system: You are a helpful assistant.
user:
Analyze the provided spectrum to determine if it is a **S-type Star**.

- **Key Indicators for S-type Star:**

    - **(Overall Spectrum Shape):** The first and most obvious characteristic is the overall continuum (the "baseline" shape). It is **extremely "red-sloping,"** meaning the flux (light intensity) is very low on the left side (blue, ~4000-4500 Å) and rises steeply and continuously toward the right side (red, ~7000 Å+).

    - **(Primary):** The spectrum is defined by the presence of strong, broad molecular absorption "valleys" (bands) from **Zirconium Oxide (ZrO)**. The identification of these bands is the **primary requirement** for classifying a star as S-type.
        - **(Key Bandheads):** You must find distinct, deep "dips" where the light has been absorbed. The most critical band systems to locate are:
            - **~6474 Å** ($\gamma$-system): This is often the strongest and clearest ZrO feature, found in the red part of the spectrum.
            - **~5718 Å** & **~5551 Å** ($\beta$-system): A pair of prominent absorption features in the yellow-orange part of the spectrum.
            - **~4640 Å** ($\alpha$-system): A key absorption band system in the blue-green region of the spectrum.

    - **(Secondary Confirmation):** The classification is strengthened by finding additional absorption bands from other related heavy element oxides, which are expected to be present alongside ZrO.
        - **(Key Bandheads):**
            - **Yttrium Oxide (YO):** Look for absorption dips near **~4800 Å** and **~6100 Å**.
            - **Lanthanum Oxide (LaO):** Additional absorption features, particularly in the red-orange part of the spectrum, are also characteristic.

    - **(Line Profile):** The combination of the steep red continuum and these numerous, deep molecular bands (ZrO, YO, etc.) gives the entire spectrum a very **"chopped-up"** or **"bumpy"** appearance. Instead of a smooth curve, the spectrum looks as though large, wide chunks of light have been "carved out" of it at the specific wavelengths listed above.

Think first, call **spectral_visualization_tool** if needed to examine features in detail, then provide your final answer. Your response must adhere to the following strict rules:
1.  **Overall Structure:** Your response must follow the format `<think>...</think> <tool_call>...</tool_call> (if a tool is used) <answer>...</answer>`.
2.  **Tool Usage Constraint:** You may only make **one** tool call per turn.
3.  **Final Answer Format:** In the `<answer>` tag, your conclusion must be inside a `\boxed{}` command (e.g., `\boxed{YES}` or `\boxed{NO}`), followed by your justification.

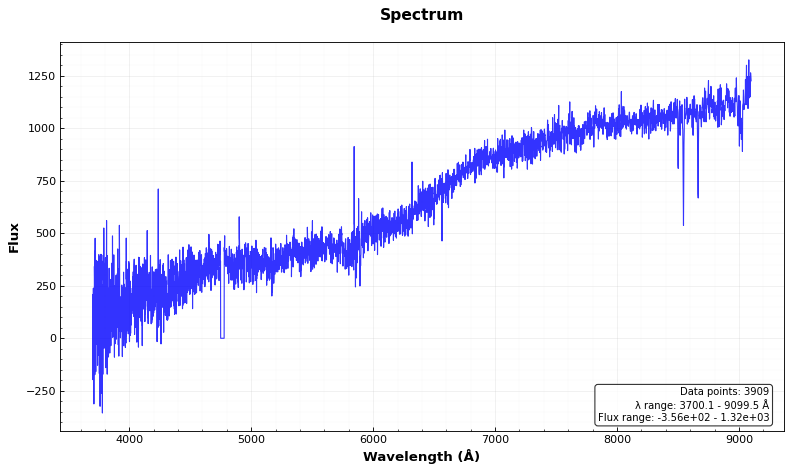
Answer: NO